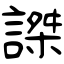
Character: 謋